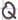
Text: Q